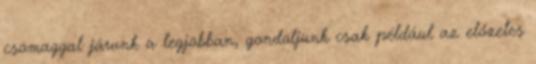
csomaggal járunk a legjobban, gondoljunk csak például az előzetes